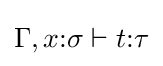
\Gamma ,x{\mathbin {:}}\sigma \vdash t{\mathbin {:}}\tau